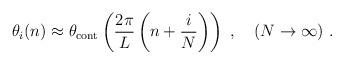
LaTeX: \begin{align*}\theta_i(n) \approx \theta_{\rm cont}\left(\frac{2\pi}{L} \left(n+\frac{i}{N}\right) \right) \ , \quad (N\to \infty) \ .\end{align*}